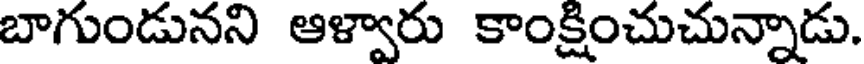
బాగుండునని ఆళ్వారు కాంక్షించుచున్నాడు.